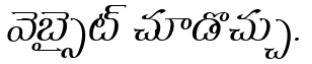
వెబ్సైట్ చూడొచ్చు.